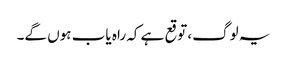
یہ لوگ، توقع ہے کہ راہ یاب ہوں گے۔